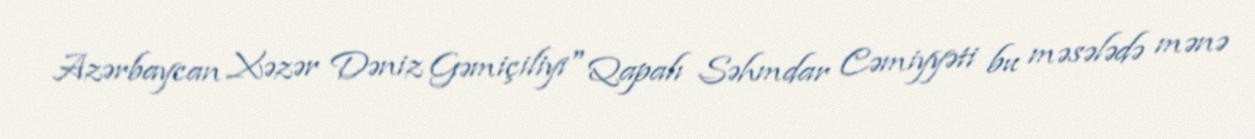
Azərbaycan Xəzər Dəniz Gəmiçiliyi" Qapalı Səhmdar Cəmiyyəti bu məsələdə mənə